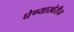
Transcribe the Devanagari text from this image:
घेण्याखेरीज